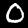
Digit: 0